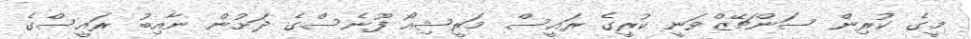
މީގެ ކުރިން ސަންޗޭޒްވަނީ ކުރީގެ ރައީސް މަރީޝިއޯ ފޫނެސްގެ ދަށުން ނާއިބު ރައީސްގެ